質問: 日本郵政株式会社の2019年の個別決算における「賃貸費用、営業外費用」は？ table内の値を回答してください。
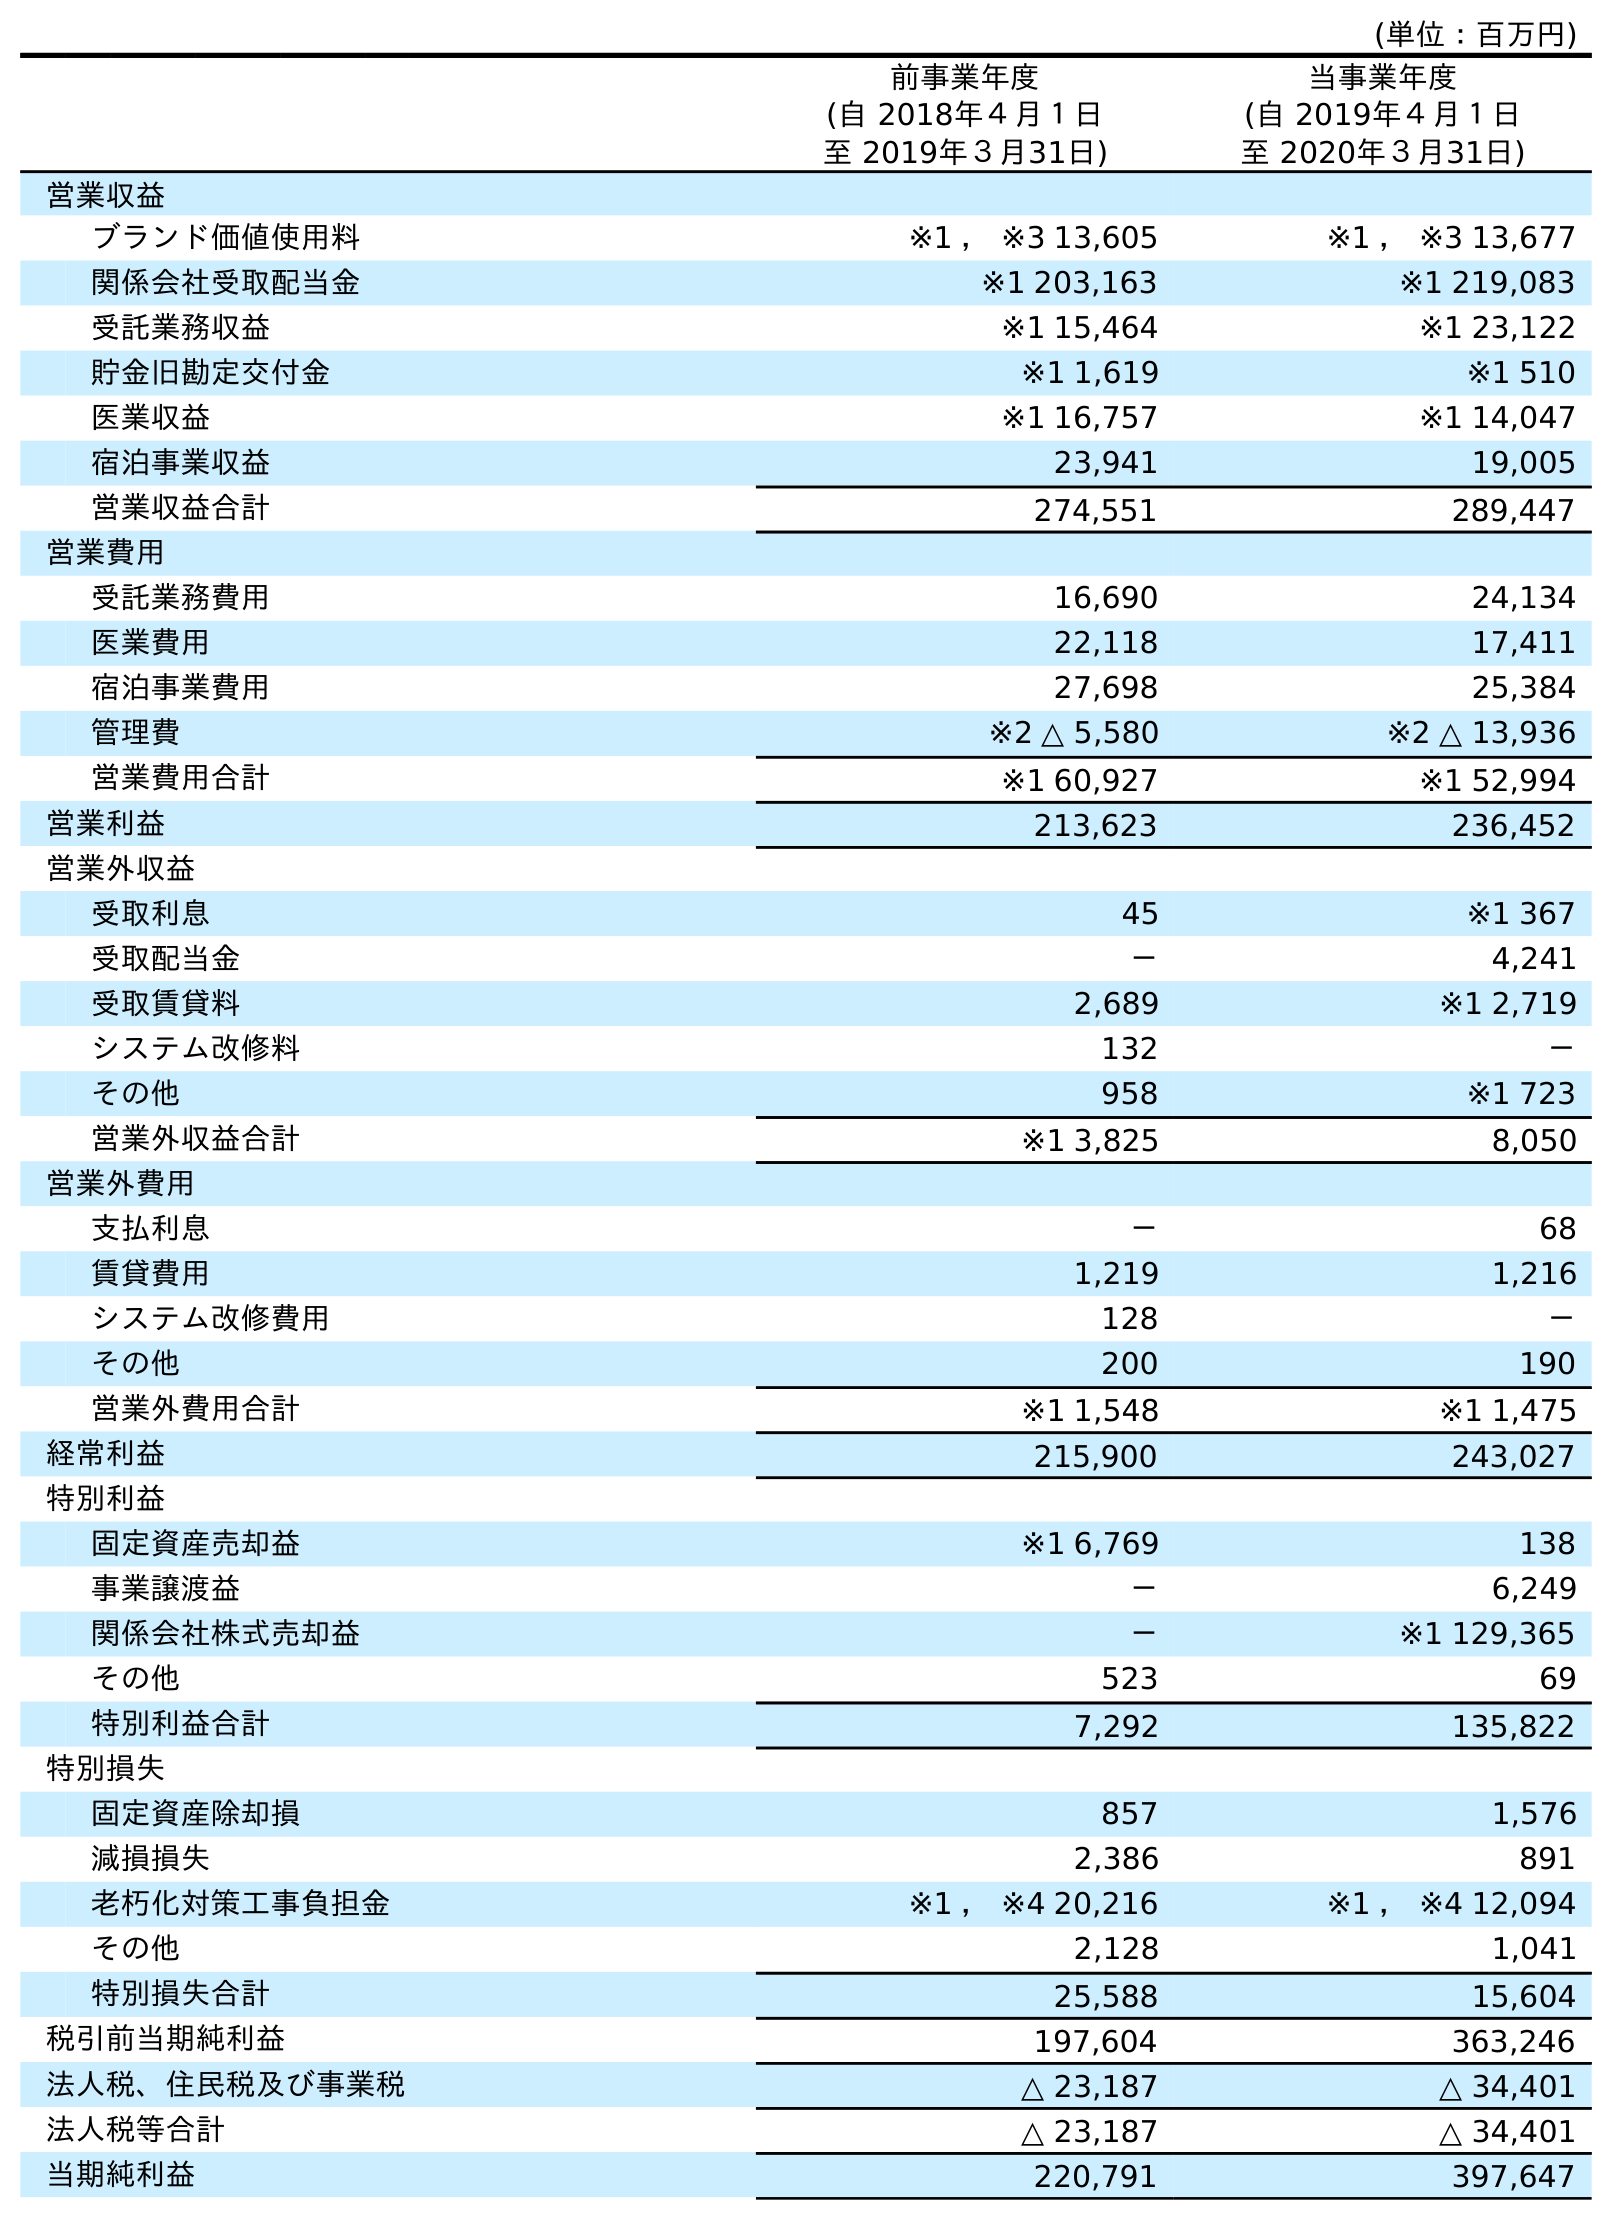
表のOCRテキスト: (単位：百万円) 前事業年度 (自 2018年４月１日 至 2019年３月31日) 当事業年度 (自 2019年４月１日 至 2020年３月31日) 営業収益 ブランド価値使用料 ※1 ， ※3 13,605 ※1 ， ※3 13,677 関係会社受取配当金 ※1 203,163 ※1 219,083 受託業務収益 ※1 15,464 ※1 23,122 貯金旧勘定交付金 ※1 1,619 ※1 510 医業収益 ※1 16,757 ※1 14,047 宿泊事業収益 23,941 19,005 営業収益合計 274,551 289,447 営業費用 受託業務費用 16,690 24,134 医業費用 22,118 17,411 宿泊事業費用 27,698 25,384 管理費 ※2 △ 5,580 ※2 △ 13,936 営業費用合計 ※1 60,927 ※1 52,994 営業利益 213,623 236,452 営業外収益 受取利息 45 ※1 367 受取配当金 － 4,241 受取賃貸料 2,689 ※1 2,719 システム改修料 132 － その他 958 ※1 723 営業外収益合計 ※1 3,825 8,050 営業外費用 支払利息 － 68 賃貸費用 1,219 1,216 システム改修費用 128 － その他 200 190 営業外費用合計 ※1 1,548 ※1 1,475 経常利益 215,900 243,027 特別利益 固定資産売却益 ※1 6,769 138 事業譲渡益 － 6,249 関係会社株式売却益 － ※1 129,365 その他 523 69 特別利益合計 7,292 135,822 特別損失 固定資産除却損 857 1,576 減損損失 2,386 891 老朽化対策工事負担金 ※1 ， ※4 20,216 ※1 ， ※4 12,094 その他 2,128 1,041 特別損失合計 25,588 15,604 税引前当期純利益 197,604 363,246 法人税、住民税及び事業税 △ 23,187 △ 34,401 法人税等合計 △ 23,187 △ 34,401 当期純利益 220,791 397,647
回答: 1,219